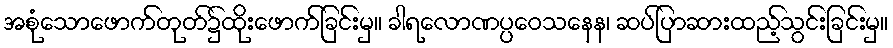
အစုံသောဖောက်တုတ်၌ထိုးဖောက်ခြင်းမှ။ ခါရလောဏပ္ပဝေသနေန၊ ဆပ်ပြာဆားထည့်သွင်းခြင်းမှ။